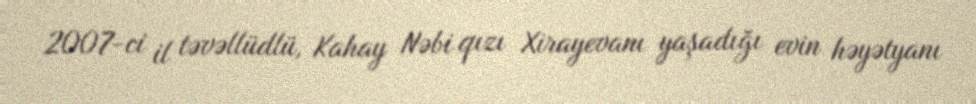
2007-ci il təvəllüdlü, Kahay Nəbi qızı Xirayevanı yaşadığı evin həyətyanı